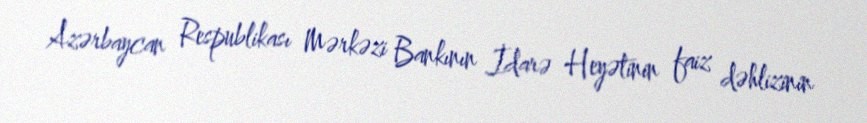
Azərbaycan Respublikası Mərkəzi Bankının İdarə Heyətinin faiz dəhlizinin